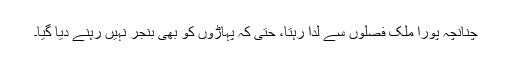
چنانچہ پورا ملک فصلوں سے لدا رہتا، حتیٰ کہ پہاڑوں کو بھی بنجر نہیں رہنے دیا گیا۔